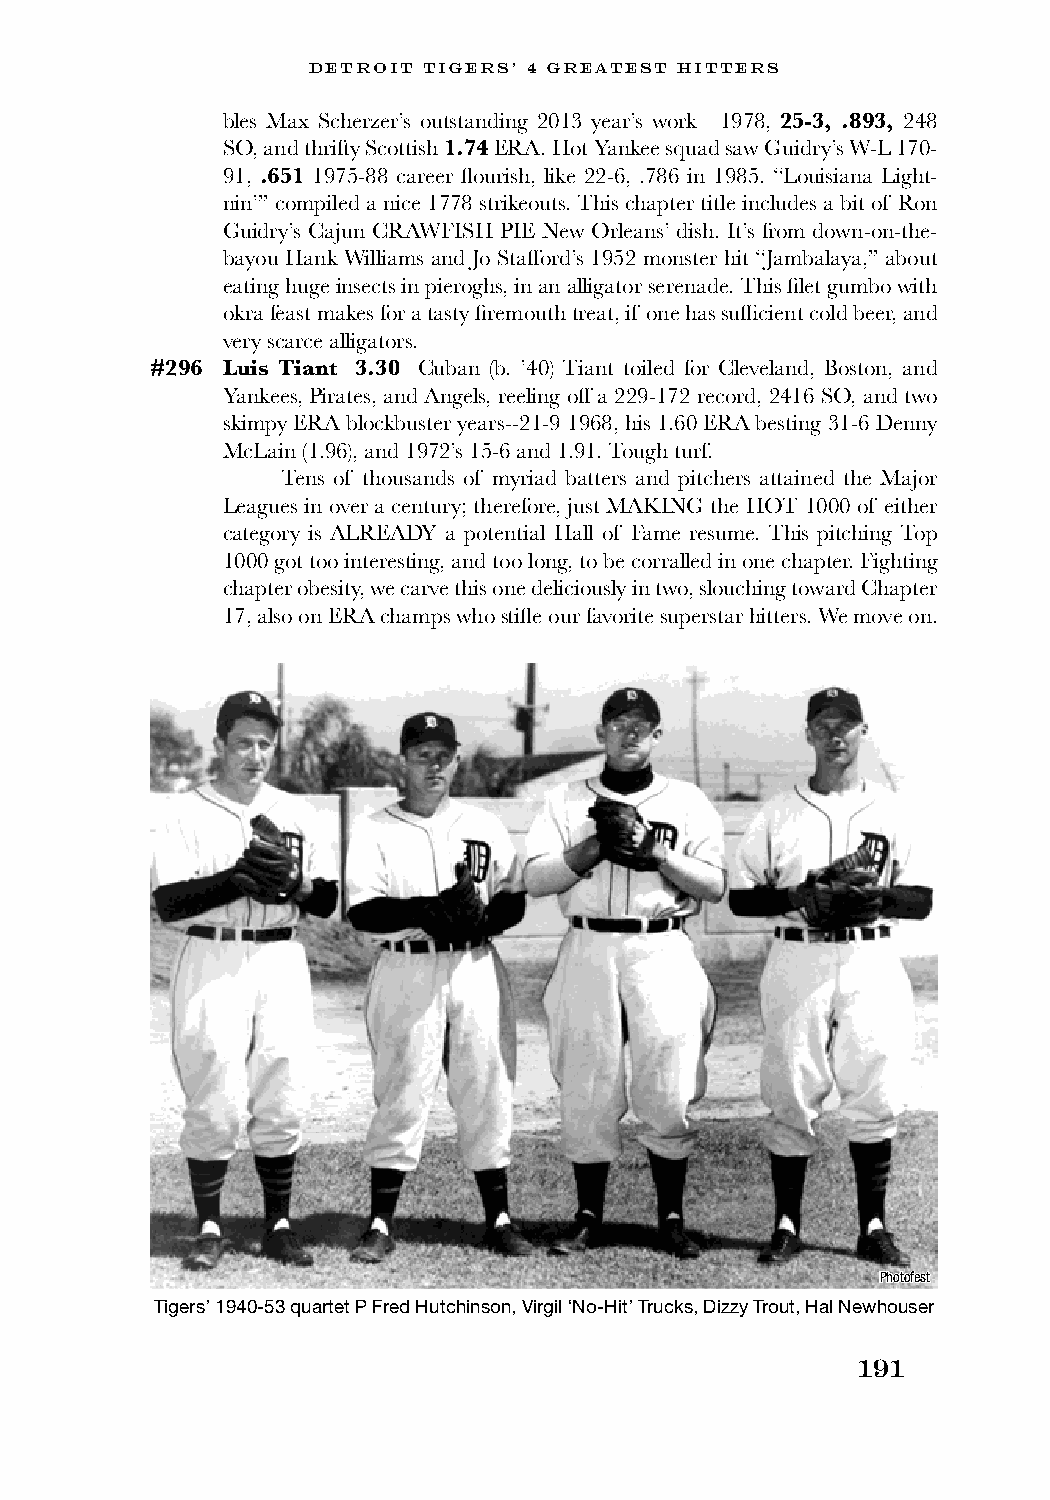
DETROIT TIGERS’ 4 GREATEST HITTERS
 bles Max Scherzer’s outstanding 2013 year’s work—1978, 25-3, .893, 248
 SO, and thrifty Scottish 1.74 ERA. Hot Yankee squad saw Guidry’s W-L 170-
 91, .651 1975-88 career flourish, like 22-6, .786 in 1985. “Louisiana Light-
 nin’” compiled a nice 1778 strikeouts. This chapter title includes a bit of Ron
 Guidry’s Cajun CRAWFISH PIE New Orleans’ dish. It’s from down-on-the-
 bayou Hank Williams and Jo Stafford’s 1952 monster hit “Jambalaya,” about
 eating huge insects in pieroghs, in an alligator serenade. This filet gumbo with
 okra feast makes for a tasty firemouth treat, if one has sufficient cold beer, and
 very scarce alligators.
 #296 Luis Tiant 3.30 Cuban (b. ’40) Tiant toiled for Cleveland, Boston, and
 Yankees, Pirates, and Angels, reeling off a 229-172 record, 2416 SO, and two
 skimpy ERA blockbuster years--21-9 1968, his 1.60 ERA besting 31-6 Denny
 McLain (1.96), and 1972’s 15-6 and 1.91. Tough turf.
 Tens of thousands of myriad batters and pitchers attained the Major
 Leagues in over a century; therefore, just MAKING the HOT 1000 of either
 category is ALREADY a potential Hall of Fame resume. This pitching Top
 1000 got too interesting, and too long, to be corralled in one chapter. Fighting
 chapter obesity, we carve this one deliciously in two, slouching toward Chapter
 17, also on ERA champs who stifle our favorite superstar hitters. We move on.
 Photofest
 Tigers’ 1940-53 quartet P Fred Hutchinson, Virgil ‘No-Hit’ Trucks, Dizzy Trout, Hal Newhouser
 191